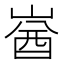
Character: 𡺚